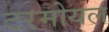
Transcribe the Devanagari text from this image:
टरमोयल